Liigvalla_vallavalitsus, lk 12
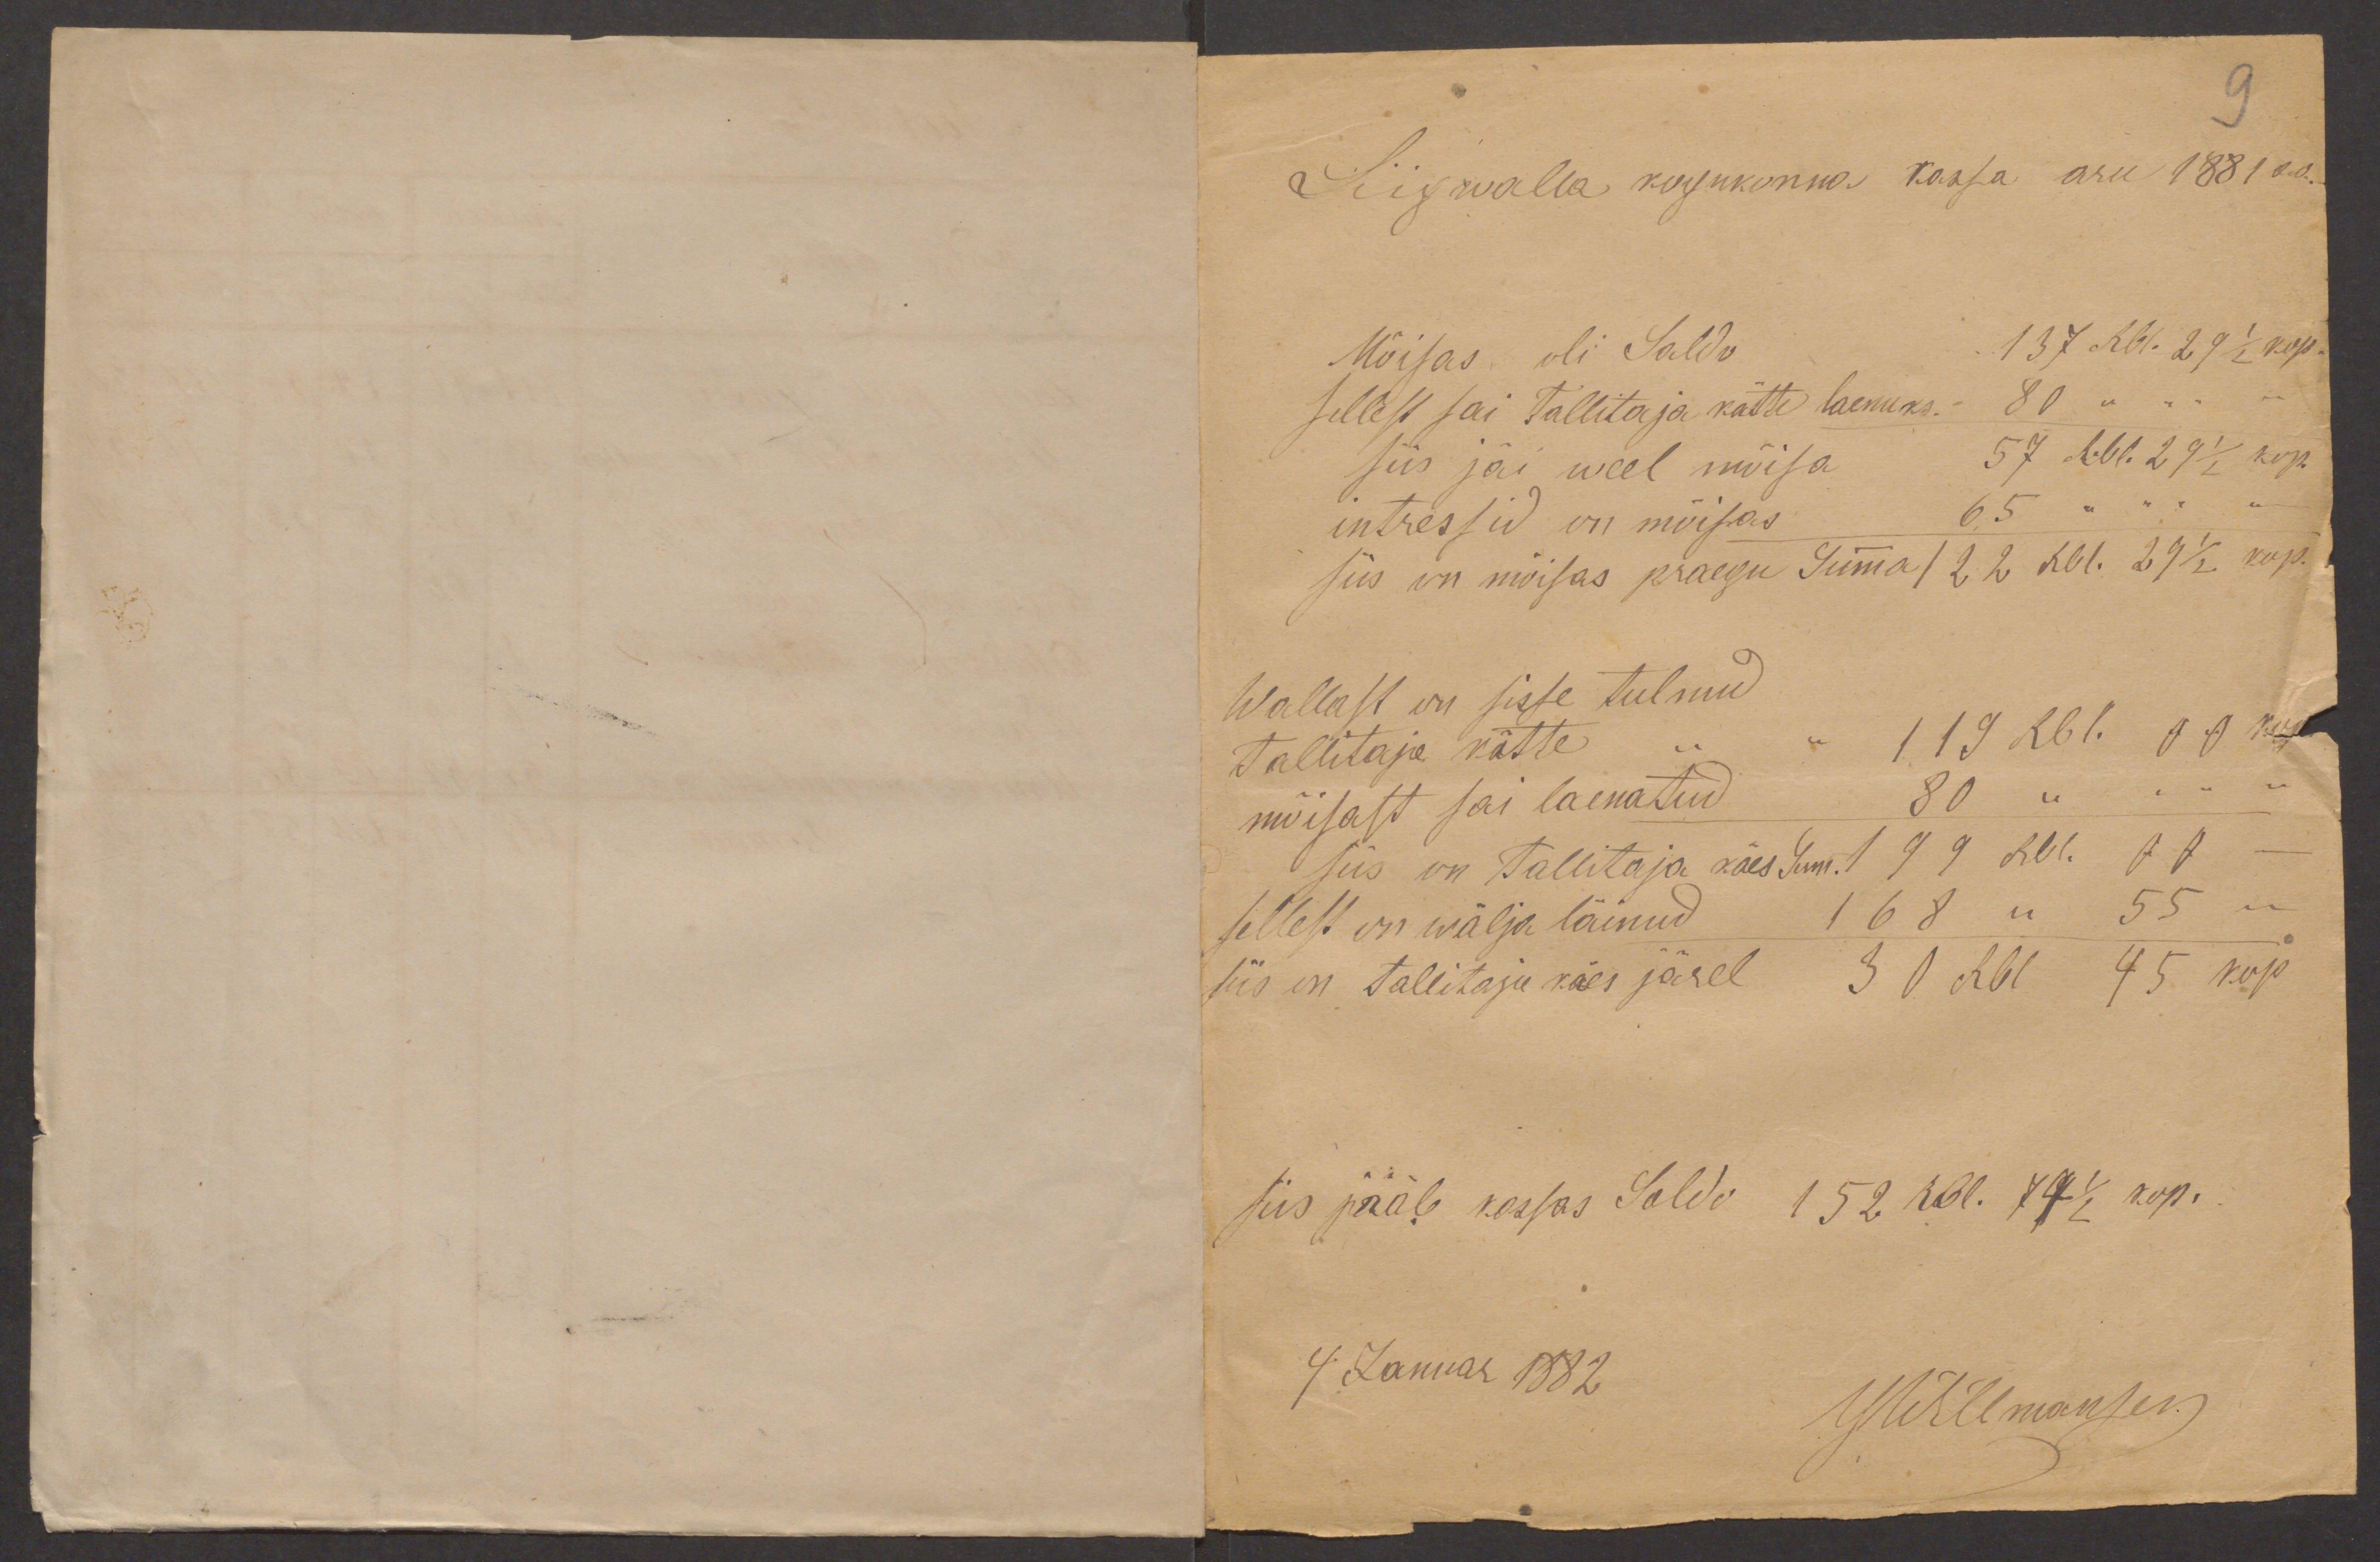
9
Liigwalla kogukonna kassa aru 1881 a.s.
Mõisas oli Saldo 137 Rbl. 29 1/2 kop.
sellest sai Tallitaja kätte laenuks. 80 " " " "
siis jäi weel mõisa 57 Rbl. 29 1/2 kop.
intressid on mõisas 65 " " " "
siis on mõisas praegu Summa 122 Rbl. 29 1/2 kop.
Wallast on sisse tulnud
tallitaja kätte  " " 119 Rbl. 00 kop.
mõisast sai laenatud 80 " " " "
siis on tallitaja käes Sum. 199 Rbl. 00 -
sellest on wälja läinud 168 " 55 "
siis on tallitaja käes järel 30 Rbl 45 kop
siis jääb kassas Saldo 152 Rbl. 74 1/2 kop.
4. Januar 1882